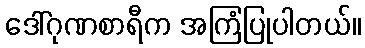
ဒေါ်ဂုဏစာရီက အကြံပြုပါတယ်။